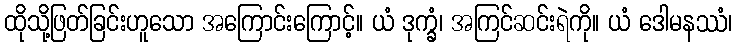
ထိုသို့ဖြတ်ခြင်းဟူသော အကြောင်းကြောင့်။ ယံ ဒုက္ခံ၊ အကြင်ဆင်းရဲကို။ ယံ ဒေါမနဿံ၊